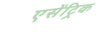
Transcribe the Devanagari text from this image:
एसेंट्रिक